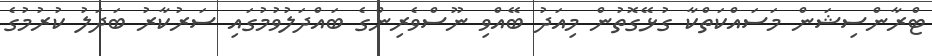
ޓްރާންސިޝަން މަސައްކަތްކާ ގުޅޭގޮތުން މިއަދު ބޭއްވި ނޫސްވެރިންގެ ބައްދަލުވުމުގައި ސަރުކާރު ބަދަލު ކުރުމުގެ